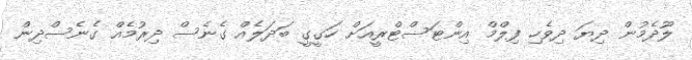
ލޫދެމުން ދިޔަ ދިވެހި ފިލްމް އިންޓަސްޓްރީއަށް ހަގީގީ ބަދަލެއް ގެނެސް ދިރުމެއް ގެނެސްދިން